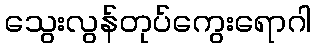
သွေးလွန်တုပ်ကွေးရောဂါ